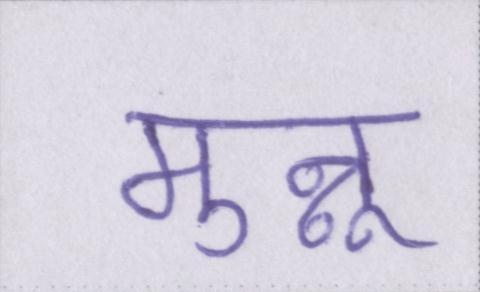
मुन्नू